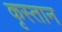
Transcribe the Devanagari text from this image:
कृस्तान